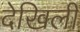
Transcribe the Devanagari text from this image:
देखिली